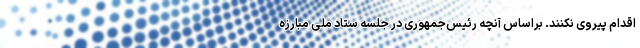
اقدام پیروی نکنند. براساس آنچه رئیس‌جمهوری در جلسه ستاد ملی مبارزه